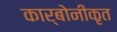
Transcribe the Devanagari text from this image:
कार्बोनीकृत